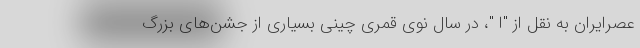
عصرایران به نقل از "ا "، در سال نوی قمری چینی بسیاری از جشن‌های بزرگ